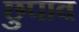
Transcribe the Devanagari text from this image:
छुपाव